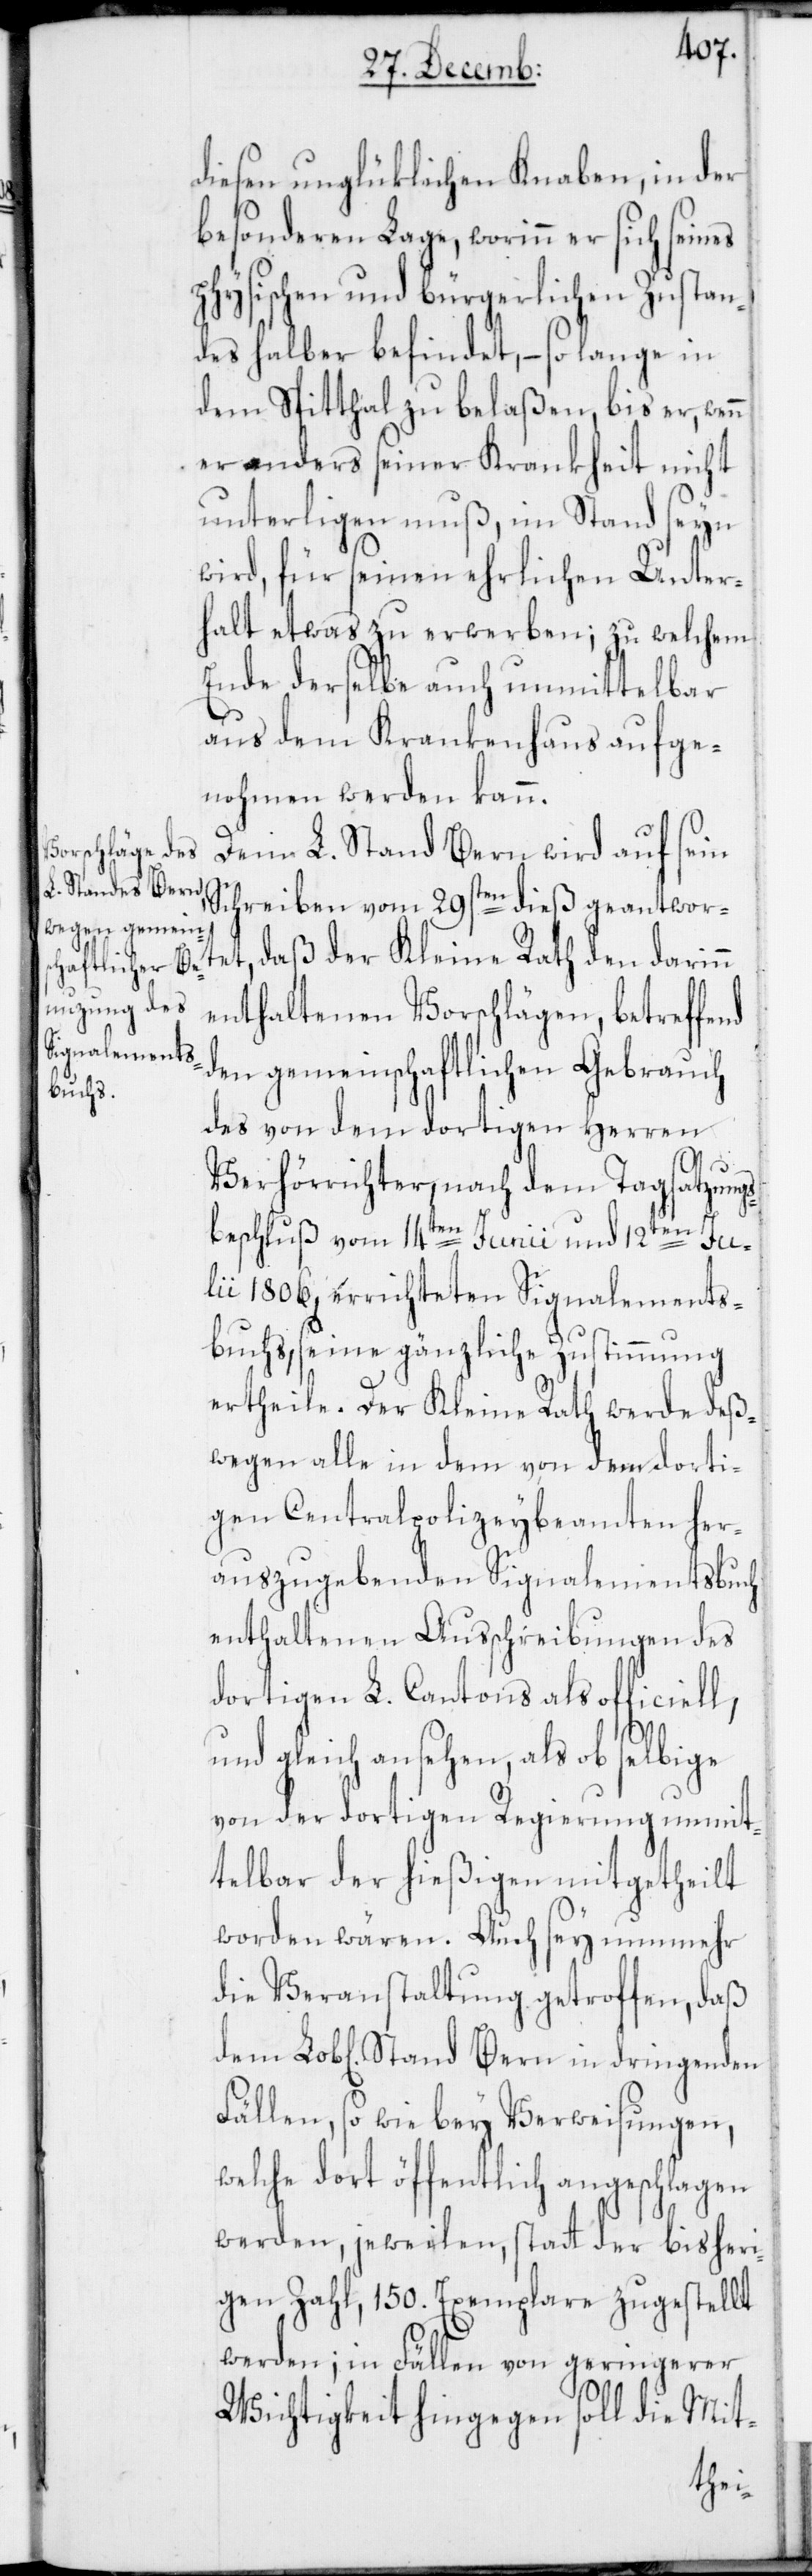
diesen unglüklichen Knaben, in der
besonderen Lage, worinn er sich seines
physischen und bürgerlichen Zustan¬
des halber befindet, – so lange in
dem Spitthal zu belaßen, bis er, wenn
er anders seiner Krankheit nicht
unterligen muß, im Stand seyn
wird, für seinen ehrlichen Unter¬
halt etwas zu erwerben; zu welchem
Ende derselbe auch unmittelbar
aus dem Krankenhaus aufge¬
nohmen werden kann.
Dem L. Stand Bern wird auf sein
Schreiben vom 29sten dieß geantwor¬
daß der Kleine Rath den darin
enthaltenen Vorschlägen, betreffe¬
den gemeinschaftlichen Gebrauch
des von dem dortigen Herren
Bern
Verhörrichter, nach dem Tagsatzungs¬
beschluß vom 14ten Junii und 12ten Ju¬
lii 1806, errichteten Signalements¬
buchs, seine gänzliche Zustimmung
ertheile. Der Kleine Rath werde deß¬
wegen alle in dem von dem dorti¬
gen Centralpolizeybeamten her¬
auszugebenden Signalementsbuch
enthaltenen Auschreibungen des
dortigen L. Cantons als officiell,
und gleich ansehen, als ob selbige
von der dortigen Regierung unmit¬
telbar der hießigen mitgetheilt
worden wären. Auch sey nunmehr
die Veranstaltung getroffen, daß
Fällen, so wie bey Verweisungen,
welche dort öffentlich angeschlagen
werden, jeweilen, statt der bisheri¬
gen Zahl, 150. Exemplare zugestellt
werden; in Fällen von geringerer
Wichtigkeit hingegen soll die Mit-